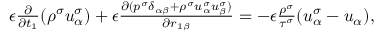
\begin{array} { r } { \begin{array} { r } { \epsilon \frac { \partial } { \partial t _ { 1 } } ( \rho ^ { \sigma } u _ { \alpha } ^ { \sigma } ) + \epsilon \frac { \partial ( p ^ { \sigma } \delta _ { \alpha \beta } + \rho ^ { \sigma } u _ { \alpha } ^ { \sigma } u _ { \beta } ^ { \sigma } ) } { \partial r _ { 1 \beta } } = - \epsilon \frac { \rho ^ { \sigma } } { \tau ^ { \sigma } } ( u _ { \alpha } ^ { \sigma } - u _ { \alpha } ) , } \end{array} } \end{array}